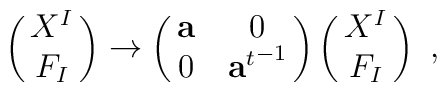
\pmatrix{X^I\cr F_I}\rightarrow\pmatrix{{\bf a}&0\cr 0&{{\bf a}^t}^{-1}}\pmatrix{X^I\cr F_I}\ ,